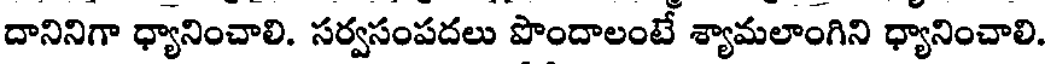
దానినిగా ధ్యానించాలి. సర్వసంపదలు పొందాలంటే శ్యామలాంగిని ధ్యానించాలి.